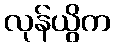
လုန်ယွိက